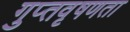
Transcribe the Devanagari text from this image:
गुप्‍तवृषणता